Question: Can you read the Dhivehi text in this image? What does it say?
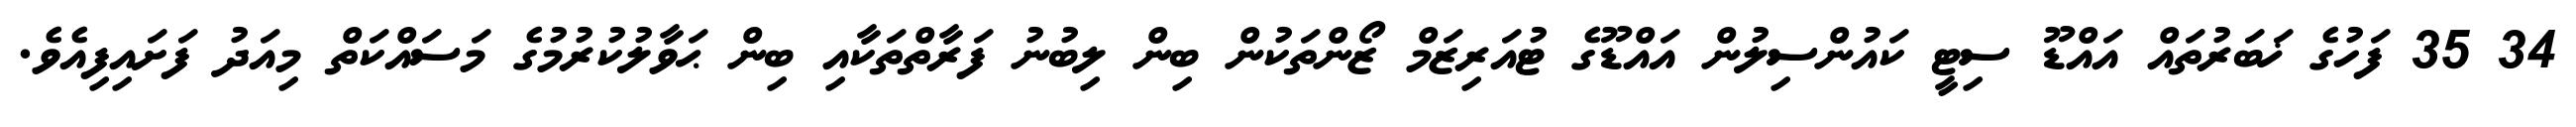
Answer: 34 35 ފަހުގެ ޚަބަރުތައް އައްޑޫ ސިޓީ ކައުންސިލުން އައްޑޫގެ ޓުއަރިޒަމް ޒޯންތަކުން ބިން ލިބުނު ފަރާތްތަކާއި ބިން ޙަވާލުކުރުމުގެ މަސައްކަތް މިއަދު ފަށައިފިއެވެ.